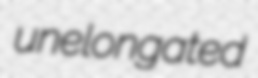
unelongated